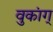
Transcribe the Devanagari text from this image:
वुकांग्